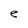
Character: e